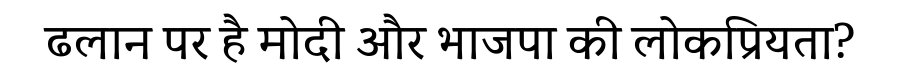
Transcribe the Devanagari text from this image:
ढलान पर है मोदी और भाजपा की लोकप्रियता?